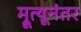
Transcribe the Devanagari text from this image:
म्रूत्यूनंतर